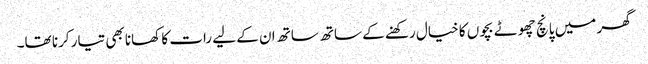
گھر میں پانچ چھوٹے بچوں کا خیال رکھنے کے ساتھ ساتھ ان کے لیے رات کا کھانا بھی تیار کرنا تھا۔